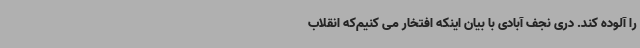
را آلوده کند. دری نجف آبادی با بیان اینکه افتخار می کنیم‌که انقلاب